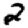
Digit: 2